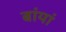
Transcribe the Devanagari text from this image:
बांयां